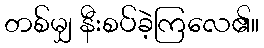
တစ်မျှ နီးစပ်ခဲ့ကြလေ၏။